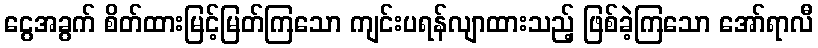
ငွေအခွက် စိတ်ထားမြင့်မြတ်ကြသော ကျင်းပရန်လျာထားသည့် ဖြစ်ခဲ့ကြသော အော်ရာလီ